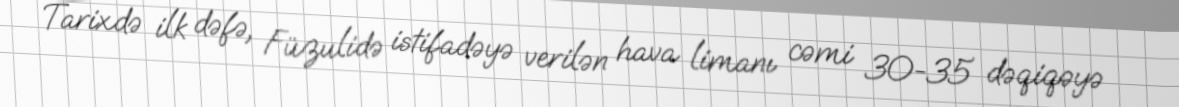
Tarixdə ilk dəfə, Füzulidə istifadəyə verilən hava limanı cəmi 30-35 dəqiqəyə